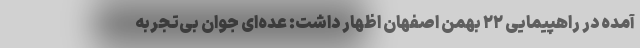
آمده در راهپیمایی ۲۲ بهمن اصفهان اظهار داشت: عده‌ای جوان بی‌تجربه